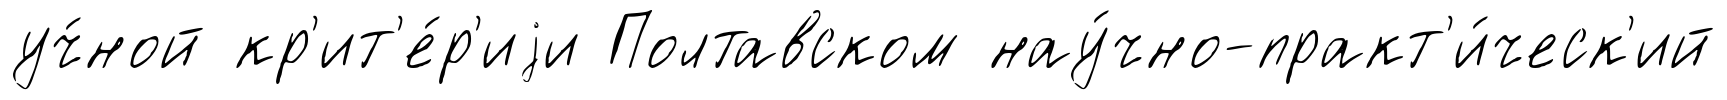
уч́ной кр'ит'е́р'иjи Полтавском нау́чно-практ'и́ческ'ий